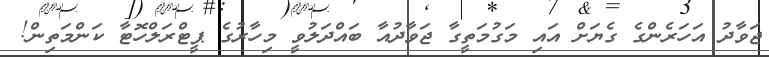
ޖަވާދު އަހަރެންގެ ގެޔަށް އައި މަގުމަތީގާ ޖަވާދުއާ ބައްދަލުވީ މިހާރުގެ ޕީޓްރަލްހޮޓާ ކަންމަތިން!